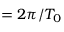
= 2 \pi / T _ { 0 }